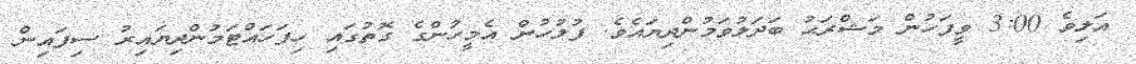
އަލިވެ 3:00 ވީފަހުން މަޝްރަޙު ބަދަލުވަމުންދިޔައެވެ. ފުލުހުން އެމީހުންގެ ގޮތުގައި ހިފަހައްޓަމުންދިޔައިރު ސިފައިން